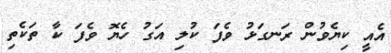
އެއީ ކިޔެވުން ރަނގަޅު ވެފަ ކުލި އަގު ހެޔޮ ވެފަ ކާ ތަކެތި